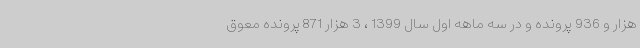
هزار و 936 پرونده و در سه ماهه اول سال 1399 ، 3 هزار 871 پرونده معوق